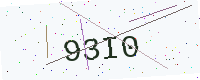
Text: 93I0